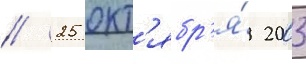
// 25 окт'ябр'я́ 2003